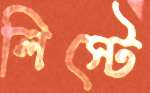
লিস্টে